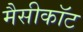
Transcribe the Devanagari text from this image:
मैसीकॉट